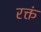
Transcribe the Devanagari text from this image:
रक्तं